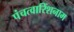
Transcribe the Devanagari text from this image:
पंचत्वारिंशनाम